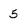
Character: 5